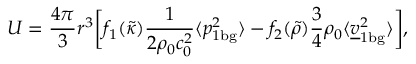
U = \frac { 4 \pi } { 3 } r ^ { 3 } \biggl [ f _ { 1 } ( \tilde { \kappa } ) \frac { 1 } { 2 \rho _ { 0 } c _ { 0 } ^ { 2 } } \langle p _ { 1 \mathrm { b g } } ^ { 2 } \rangle - f _ { 2 } ( \tilde { \rho } ) \frac { 3 } { 4 } \rho _ { 0 } \langle \underline { { v } } _ { 1 \mathrm { b g } } ^ { 2 } \rangle \biggr ] ,